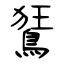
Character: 鵟